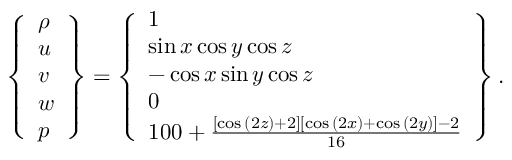
\left\{ \begin{array} { l } { \rho } \\ { u } \\ { v } \\ { w } \\ { p } \end{array} \right\} = \left\{ \begin{array} { l } { 1 } \\ { \sin { x } \cos { y } \cos { z } } \\ { - \cos { x } \sin { y } \cos { z } } \\ { 0 } \\ { 1 0 0 + \frac { \left[ \cos { ( 2 z ) } + 2 \right] \left[ \cos { ( 2 x ) } + \cos { ( 2 y ) } \right] - 2 } { 1 6 } } \end{array} \right\} .